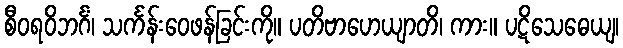
စီဝရဝိဘင်္ဂံ၊ သင်္ကန်းဝေဖန်ခြင်းကို။ ပတိဗာဟေယျာတိ၊ ကား။ ပဋိသေဓေယျ၊